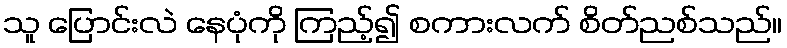
သူ ပြောင်းလဲ နေပုံကို ကြည့်၍ စကားလက် စိတ်ညစ်သည်။